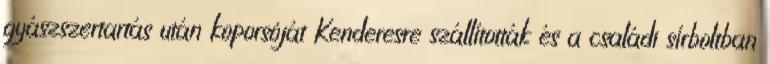
gyászszertartás után koporsóját Kenderesre szállították és a családi sírboltban